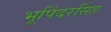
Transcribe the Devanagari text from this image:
भूपिंदरसिंह